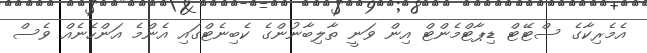
އެމެރިކާގެ ސްޓޭޓް ޑިޕާޓްމެންޓް އިން ވަނީ ތާލިބާނުންގެ ކެބިނެޓްގައި އެންމެ އަންހެނެއް ވެސް